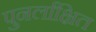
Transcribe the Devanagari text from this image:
पुनर्लाक्षित